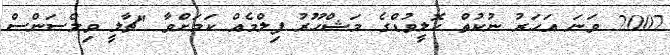
2007 ވަނަ އަހަރު ނުކުތް ހޮލީވުޑްގެ މަޝްހޫރު ފިލްމެއް ކަމަށްވާ "ޗާލީ ވިލްސަންސް